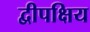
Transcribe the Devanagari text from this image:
द्वीपक्षिय